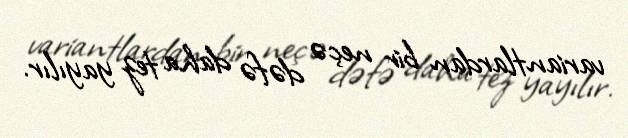
variantlardan bir neçə dəfə daha tez yayılır.